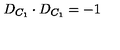
D _ { C _ { 1 } } \cdot D _ { C _ { 1 } } = - 1